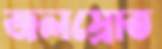
জলস্রোত